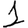
Digit: 1